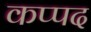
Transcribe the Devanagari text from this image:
कप्पद